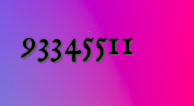
93345511